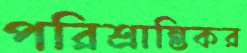
পরিশ্রান্তিকর